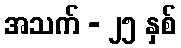
အသက် - ၂၅ နှစ်